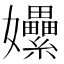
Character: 𡤯